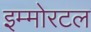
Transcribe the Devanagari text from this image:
इम्मोरटल